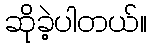
ဆိုခဲ့ပါတယ်။